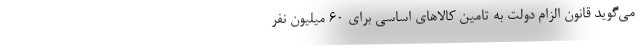
می‌گوید قانون الزام دولت به تامین کالاهای اساسی برای ۶۰ میلیون نفر